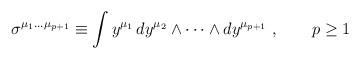
LaTeX: \begin{align*}\sigma^{\mu_1\dots\mu_{p+1}}\equiv \int y^{\mu_1}\, dy^{\mu_2}\wedge\dots\wedge dy^{\mu_{p+1}}\ ,\qquad p\ge 1\end{align*}